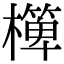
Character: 𣝁